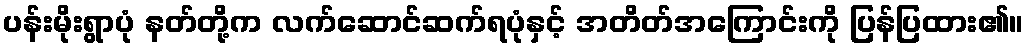
ပန်းမိုးရွာပုံ နတ်တို့က လက်ဆောင်ဆက်ရပုံနှင့် အတိတ်အကြောင်းကို ပြန်ပြထား၏။